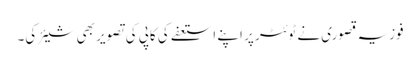
فوزیہ قصوری نے ٹوئٹر پر اپنے استعفے کی کاپی کی تصویر بھی شیئر کی۔